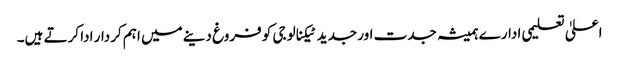
اعلیٰ تعلیمی ادارے ہمیشہ جدت اور جدید ٹیکنالوجی کو فروغ دینے میں اہم کردار ادا کرتے ہیں۔